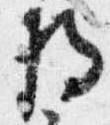
将